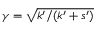
\gamma = \sqrt { k ^ { \prime } / ( k ^ { \prime } + s ^ { \prime } ) }